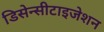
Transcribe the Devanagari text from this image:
डिसेन्सीटाइजेशन